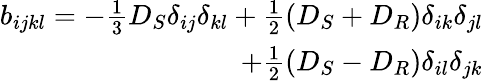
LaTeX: \begin{array}{r}{\begin{array}{r}{b_{ijkl}=-\frac{1}{3}D_{S}\delta_{ij}\delta_{kl}+\frac{1}{2}\left(D_{S}+D_{R}\right)\delta_{ik}\delta_{jl}}\\ {+\frac{1}{2}\left(D_{S}-D_{R}\right)\delta_{il}\delta_{jk}}\end{array}}\end{array}